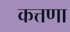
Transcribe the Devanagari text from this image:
कत्तणा